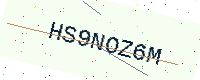
Text: HS9NOZ6M